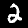
Label: 2